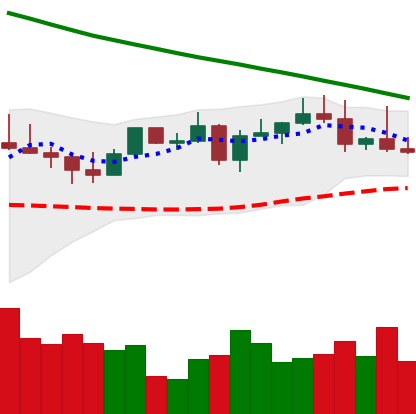
Ticker: LTC-USD
Chart end date: 2022-08-18
Forward return: -4.94%
Label: down_3_5